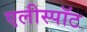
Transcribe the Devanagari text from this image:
एलीस्पॉट